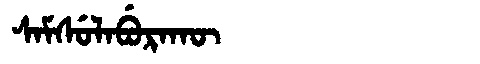
Manchu: ᠰᠠᠮᠰᡠᠯᠠᠪᡠᡵᠠᡴᡡ
Romanization: SAMSULABURAKŪ